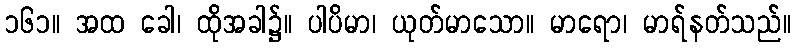
၁၆၁။ အထ ခေါ၊ ထိုအခါ၌။ ပါပိမာ၊ ယုတ်မာသော။ မာရော၊ မာရ်နတ်သည်။